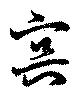
？